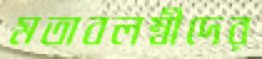
মতাবলম্বীদের